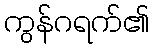
ကွန်ဂရက်၏